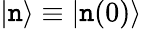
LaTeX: |\mathtt{n}\rangle\equiv|\mathtt{n}(0)\rangle